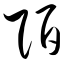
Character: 陌